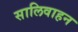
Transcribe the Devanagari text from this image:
सालिवाहन